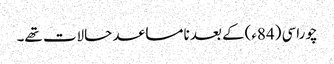
چوراسی (84ء)کے بعد نامساعد حالات تھے۔